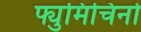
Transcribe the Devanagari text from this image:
फ्युमिचिनो